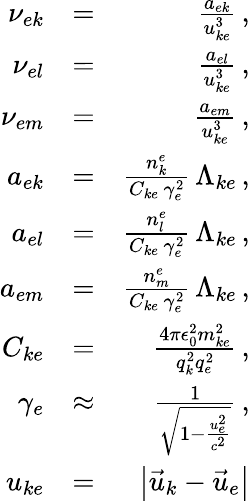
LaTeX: \begin{array}{rlr}{\nu_{ek}}&{=}&{\frac{a_{ek}}{u_{ke}^{3}}\, ,}\\ {\nu_{el}}&{=}&{\frac{a_{el}}{u_{ke}^{3}}\, ,}\\ {\nu_{em}}&{=}&{\frac{a_{em}}{u_{ke}^{3}}\, ,}\\ {a_{ek}}&{=}&{\frac{n_{k}^{e}}{C_{ke}\, \gamma_{e}^{2}}\, \Lambda_{ke}\, ,}\\ {a_{el}}&{=}&{\frac{n_{l}^{e}}{C_{ke}\, \gamma_{e}^{2}}\, \Lambda_{ke}\, ,}\\ {a_{em}}&{=}&{\frac{n_{m}^{e}}{C_{ke}\, \gamma_{e}^{2}}\, \Lambda_{ke}\, ,}\\ {C_{ke}}&{=}&{\frac{4\pi\epsilon_{0}^{2}m_{ke}^{2}}{q_{k}^{2}q_{e}^{2}}\, ,}\\ {\gamma_{e}}&{\approx}&{\frac{1}{\sqrt{1-\frac{u_{e}^{2}}{c^{2}}}}\, ,}\\ {u_{ke}}&{=}&{\left|\vec{u}_{k}-\vec{u}_{e}\right|}\end{array}